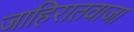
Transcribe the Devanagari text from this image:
जाहिरातवाजा